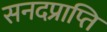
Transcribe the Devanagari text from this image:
सनदप्राप्ति